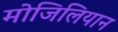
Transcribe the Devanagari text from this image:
मोजिलियान